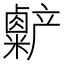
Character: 𫧷